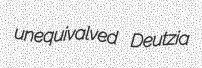
unequivalved Deutzia